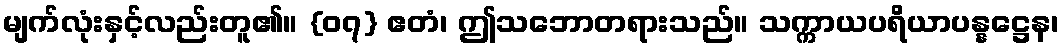
မျက်လုံးနှင့်လည်းတူ၏။ {၀၇} ဧတံ၊ ဤသဘောတရားသည်။ သက္ကာယပရိယာပန္နဋ္ဌေန၊